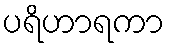
ပရိဟာရကာ